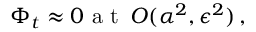
\Phi _ { t } \approx 0 \mathrm { ~ a ~ t ~ } \, O ( \alpha ^ { 2 } , \epsilon ^ { 2 } ) \, ,